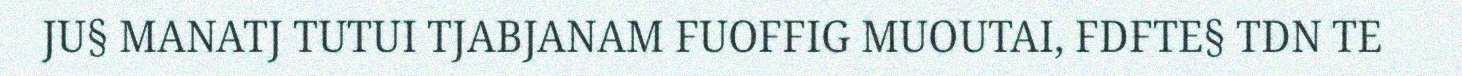
JU§ MANATJ TUTUI TJABJANAM FUOFFIG MUOUTAI, FDFTE§ TDN TE